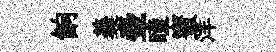
餉羮壷瞳蜜洋